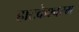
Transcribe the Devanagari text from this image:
हाटकेश्वरम